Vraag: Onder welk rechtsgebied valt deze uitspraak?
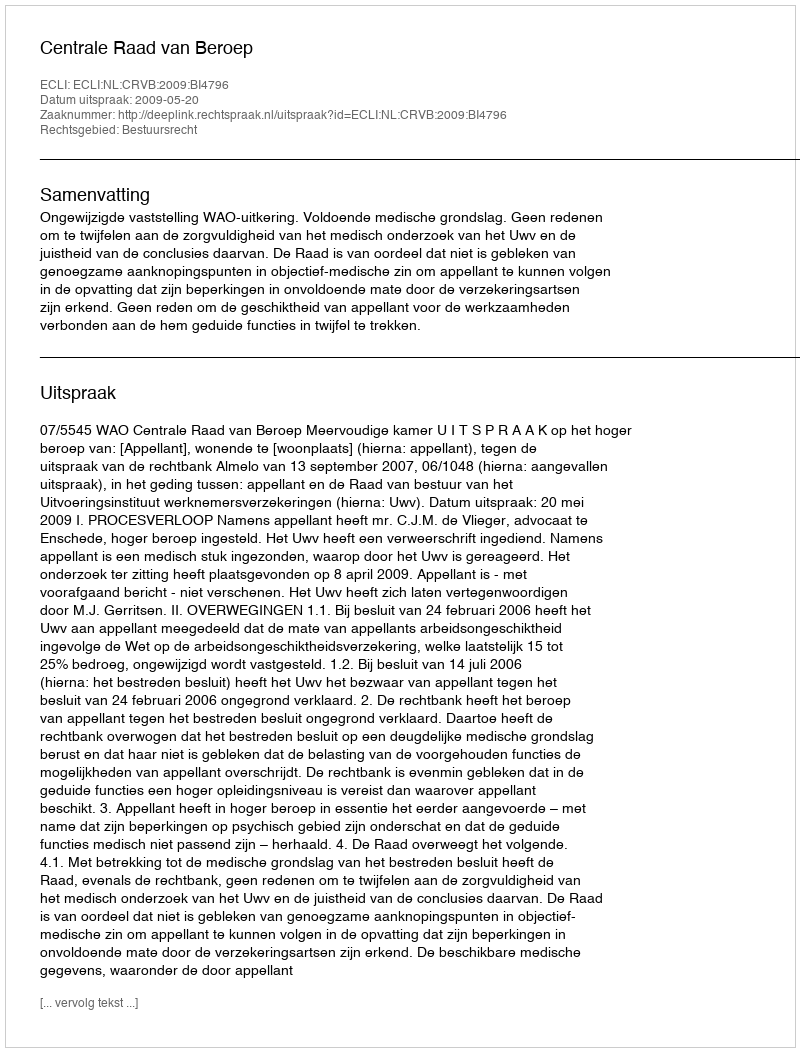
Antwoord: Bestuursrecht